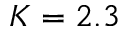
K = 2 . 3